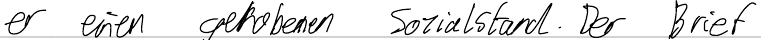
er einen gehobenen Sozialstand. Der Brief